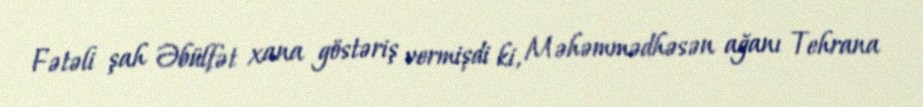
Fətəli şah Əbülfət xana göstəriş vermişdi ki, Məhəmmədhəsən ağanı Tehrana